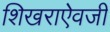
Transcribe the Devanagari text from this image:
शिखराऐवजी